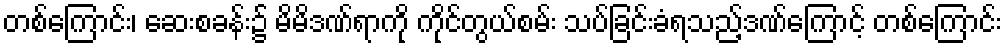
တစ်ကြောင်း၊ ဆေးစခန်း၌ မိမိဒဏ်ရာကို ကိုင်တွယ်စမ်း သပ်ခြင်းခံရသည့်ဒဏ်ကြောင့် တစ်ကြောင်း